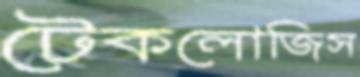
টেকলোজিস